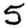
Digit: 5